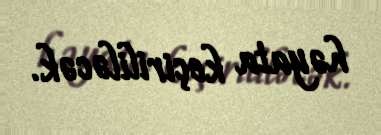
həyata keçirililəcək.